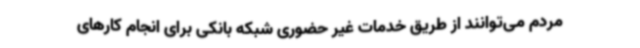
مردم می‌توانند از طریق خدمات غیر حضوری شبکه بانکی برای انجام کارهای